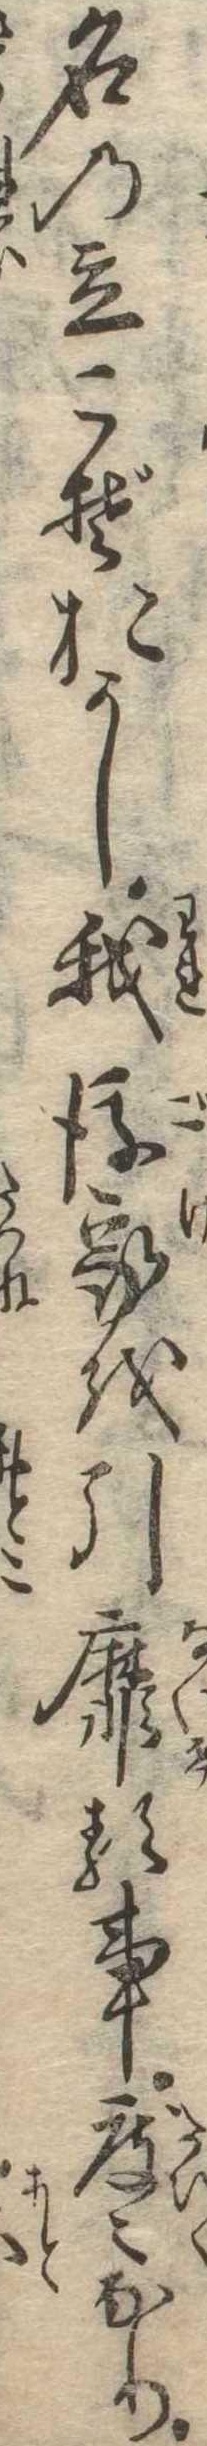
名の立こそおかし我後家を引靡る事度なり